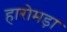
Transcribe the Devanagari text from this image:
हारोमड़ा